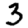
Digit: 3